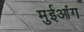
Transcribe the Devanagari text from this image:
मुईआंग